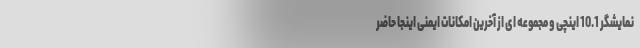
نمایشگر 10.1 اینچی و مجموعه ای از آخرین امکانات ایمنی اینجا حاضر